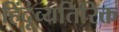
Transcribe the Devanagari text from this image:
हिंदूंव्यतिरिक्त